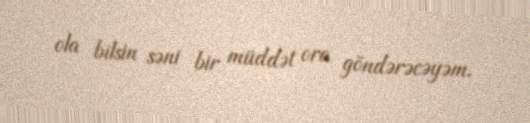
ola bilsin səni bir müddət ora göndərəcəyəm.